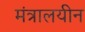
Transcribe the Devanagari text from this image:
मंत्रालयीन